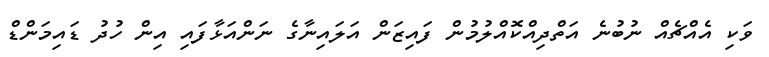
ވަކި އެއްޗެއް ނުބުނެ އަތްދިއްކޮއްލުމުން ފައިޒަން އަލައިނާގެ ނަންއަޅާފައި އިން ހުދު ޑައިމަންޑް